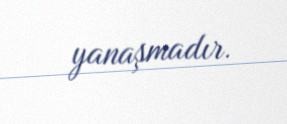
yanaşmadır.